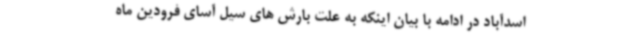
اسدآباد در ادامه با بیان اینکه به علت بارش های سیل آسای فرودین ماه